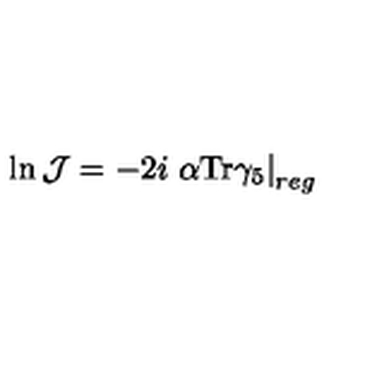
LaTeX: \ln { \mathcal J } = - 2 i \left. \alpha \mathrm { T r } \gamma _ { 5 } \right| _ { r e g }